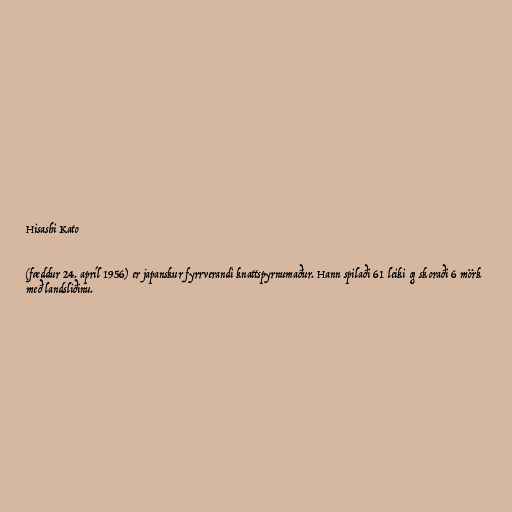
Hisashi Kato

(fæddur 24. apríl 1956) er japanskur fyrrverandi knattspyrnumaður. Hann spilaði 61 leiki og skoraði 6 mörk
með landsliðinu.